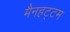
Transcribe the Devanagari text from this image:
मैनहट्टम